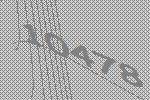
10478